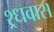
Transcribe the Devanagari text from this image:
श्र्धवास